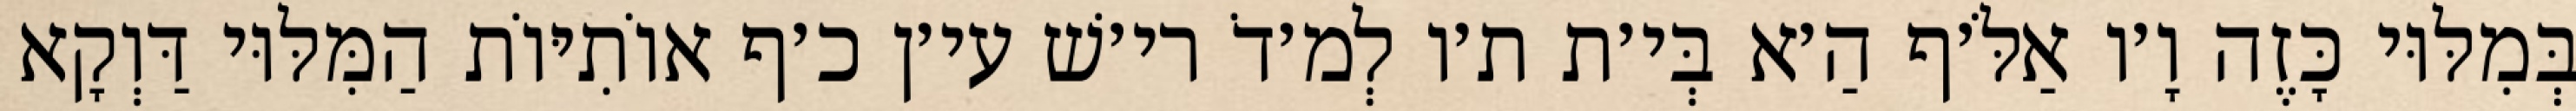
בְּמִלּוּי כָּזֶה וָ׳ו אַלֹּ׳ף הַ׳א בְּי׳ת ת׳ו לְמ׳דֹ רי׳שׁ עי׳ן כ׳ף אוֹתִיּוֹת הַמִּלּוּי דַּוְקָא